Senior Leaving Certificate Examination (including Day School Certificate (Higher) General paper), 1946
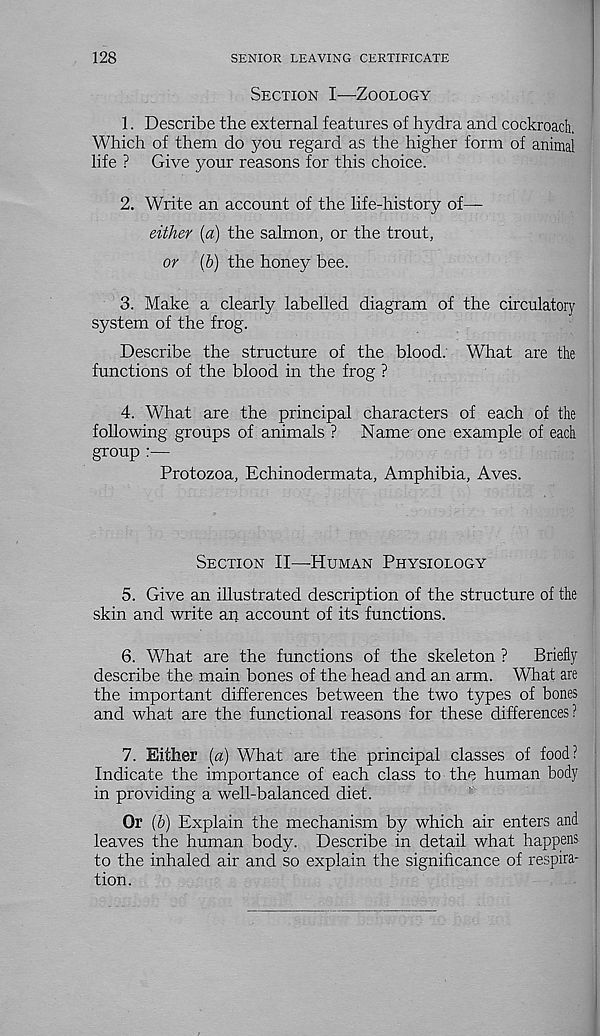
128
SENIOR LEAVING CERTIFICATE
Section I—Zoology
1. Describe the external features of hydra and cockroach.
Which of them do you regard as the higher form of animal
life ? Give your reasons for this choice.
2. Write an account of the life-history of—
either (a) the salmon, or the trout,
or (b) the honey bee.
3. Make a clearly labelled diagram of the circulatory
system of the frog.
Describe the structure of the blood. What are the
functions of the blood in the frog ?
4. What are the principal characters of each of the
following groups of animals ?
Name one example of each
group :—
Protozoa, Echinodermata, Amphibia, Aves.
Section II—-Human Physiology
5. Give an illustrated description of the structure of the
skin and write an account of its functions.
6. What are the functions of the skeleton ?
Briefly
describe the main bones of the head and an arm. What are
the important differences between the two types of bones
and what are the functional reasons for these differences?
7. Either (a) What are the principal classes of food?
Indicate the importance of each class to the human body
in providing a well-balanced diet.
Or (b) Explain the mechanism by which air enters and
leaves the human body. Describe in detail what happens
to the inhaled air and so explain the significance of respira-
tion.